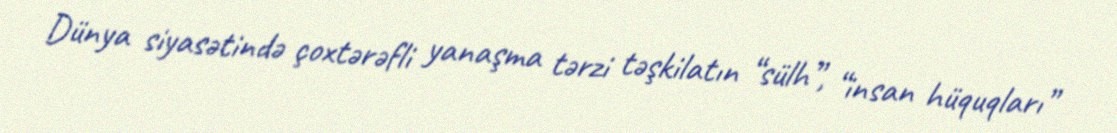
Dünya siyasətində çoxtərəfli yanaşma tərzi təşkilatın “sülh”, “insan hüquqları”